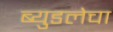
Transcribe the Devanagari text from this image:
ब्युडलेचा